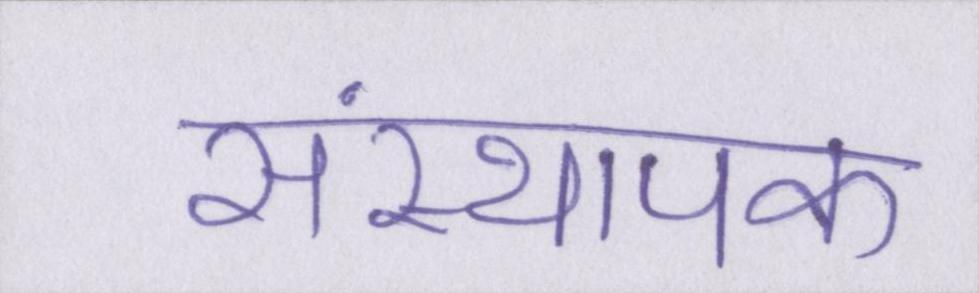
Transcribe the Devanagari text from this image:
संस्थापक